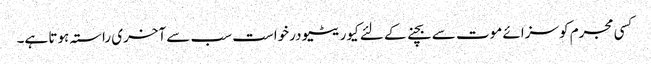
کسی مجرم کو سزائے موت سے بچنے کے لئے کیوریٹیو درخواست سب سے آخری راستہ ہوتا ہے۔